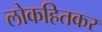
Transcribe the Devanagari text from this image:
लोकहितकर